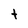
Character: t